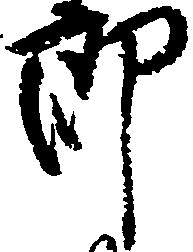
郎